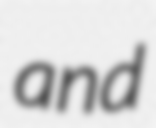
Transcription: and